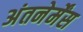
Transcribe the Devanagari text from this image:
अंतनेर्मेंस